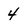
Character: 4